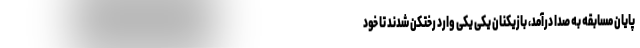
پایان مسابقه به صدا درآمد، بازیکنان یکی یکی وارد رختکن شدند تا خود